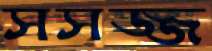
সসজ্জ